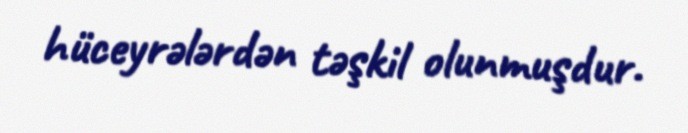
hüceyrələrdən təşkil olunmuşdur.